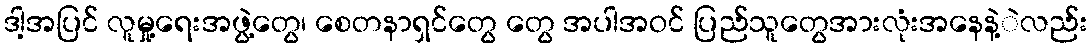
ဒါ့အပြင် လူမှု့ရေးအဖွဲ့တွေ၊ စေတနာရှင်တွေ တွေ အပါအဝင် ပြည်သူတွေအားလုံးအနေနဲ့ဲလည်း